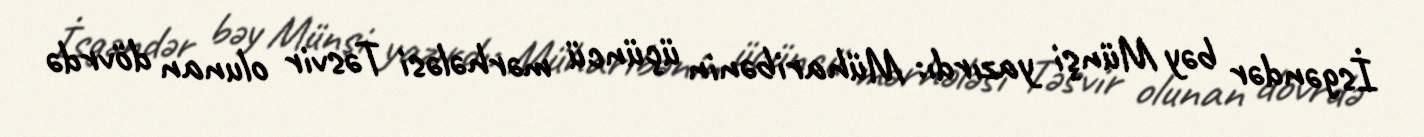
İsgəndər bəy Münşi yazırdı: Müharibənin üçüncü mərhələsi Təsvir olunan dövrdə